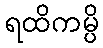
ရထိကမ္ပိ